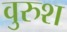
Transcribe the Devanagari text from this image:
वुरुश